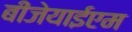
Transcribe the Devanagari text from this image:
बीजेयाईएम